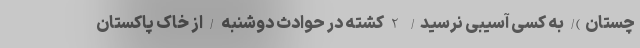
چستان)/ به کسی آسیبی نرسید/ 2 کشته در حوادث دوشنبه / از خاک پاکستان